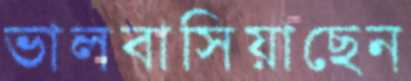
ভালবাসিয়াছেন